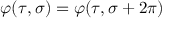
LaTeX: \varphi ( \tau , \sigma ) = \varphi ( \tau , \sigma + 2 \pi )